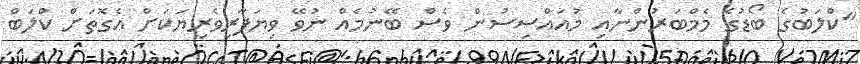
"ކްލަބުގެ ބޯޑުގެ މެމްބަރުންނާއި މުއައްސިސުން ވެސް ބޭނުމެއް ނުވޭ ވިޔަފާރިވެރިޔަކަށް އެގޮތަށް ކްލަބް